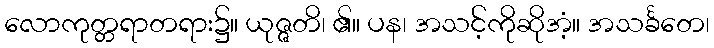
လောကုတ္တရာတရား၌။ ယုဇ္ဇတိ၊ ၏။ ပန၊ အသင့်ကိုဆိုအံ့။ အသင်္ခတေ၊